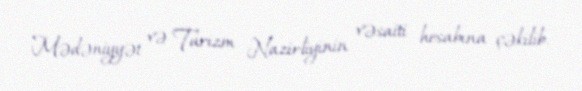
Mədəniyyət və Turizm Nazirliyinin vəsaiti hesabına çəkilib.